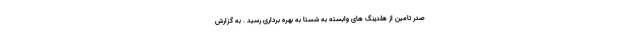
صدر تامین از هلدینگ های وابسته به شستا به بهره برداری رسید . به گزارش